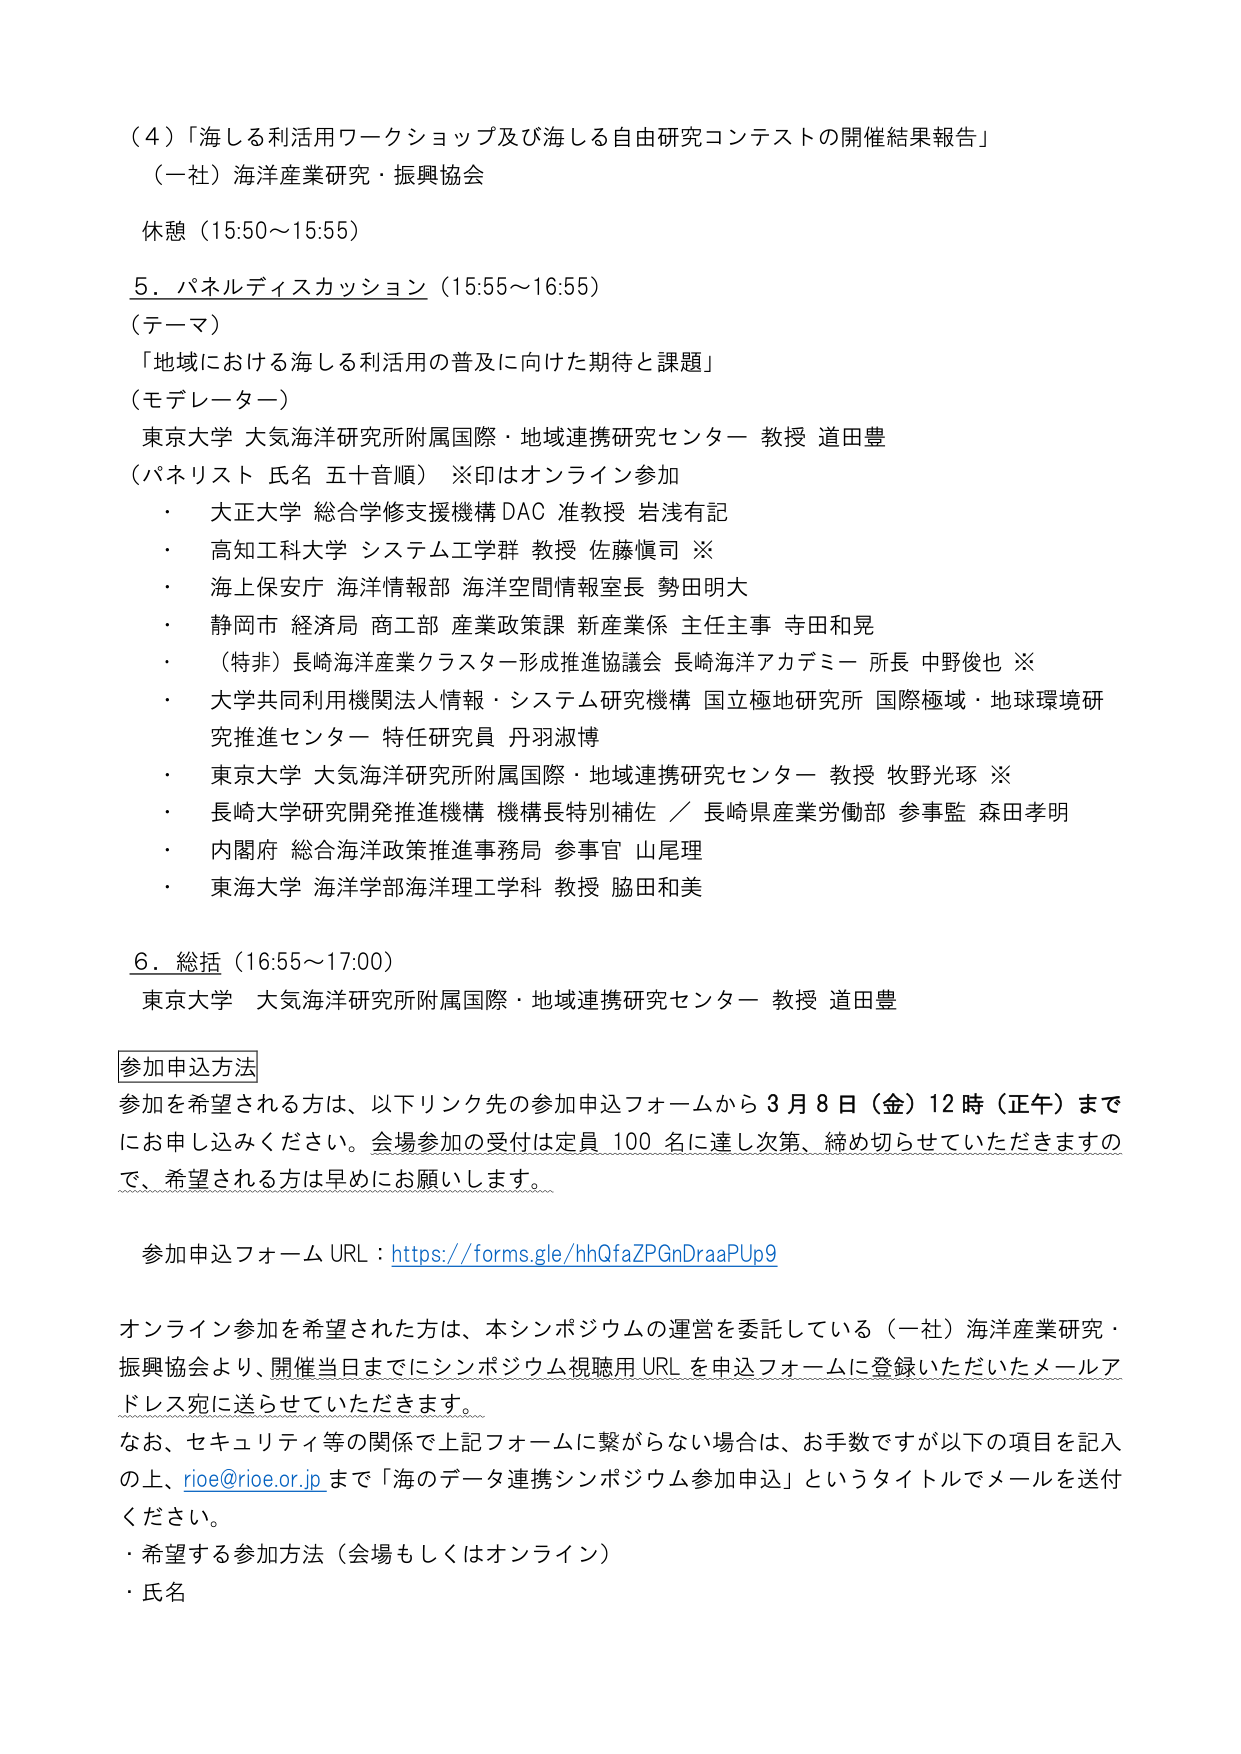
（４）「海しる利活用ワークショップ及び海しる自由研究コンテストの開催結果報告」
（一社）海洋産業研究・振興協会

休憩（15:50～15:55）

5．パネルディスカッション（15:55～16:55）
（テーマ）
「地域における海しる利活用の普及に向けた期待と課題」
（モデレーター）
東京大学 大気海洋研究所附属国際・地域連携研究センター 教授 道田豊
（パネリスト 氏名 五十音順） ※印はオンライン参加
・ 大正大学 総合学修支援機構 DAC 准教授 岩浅有記
・ 高知工科大学 システム工学群 教授 佐藤愼司 ※
・ 海上保安庁 海洋情報部 海洋空間情報室長 勢田明大
・ 静岡市 経済局 商工部 産業政策課 新産業係 主任主事 寺田和晃
・ （特非）長崎海洋産業クラスター形成推進協議会 長崎海洋アカデミー 所長 中野俊也 ※
・ 大学共同利用機関法人情報・システム研究機構 国立極地研究所 国際極域・地球環境研究推進センター 特任研究員 丹羽淑博
・ 東京大学 大気海洋研究所附属国際・地域連携研究センター 教授 牧野光琢 ※
・ 長崎大学研究開発推進機構 機構長特別補佐 ／ 長崎県産業労働部 参事監 森田孝明
・ 内閣府 総合海洋政策推進事務局 参事官 山尾理
・ 東海大学 海洋学部海洋理工学科 教授 脇田和美

6．総括（16:55～17:00）
東京大学 大気海洋研究所附属国際・地域連携研究センター 教授 道田豊

参加申込方法
参加を希望される方は、以下リンク先の参加申込フォームから3月8日（金）12時（正午）までにお申し込みください。会場参加の受付は定員100名に達し次第、締め切らせていただきますので、希望される方は早めにお願いします。

参加申込フォーム URL：https://forms.gle/hhQfaZPGnDraaPUp9

オンライン参加を希望された方は、本シンポジウムの運営を委託している（一社）海洋産業研究・振興協会より、開催当日までにシンポジウム視聴用URLを申込フォームに登録いただいたメールアドレス宛に送らせていただきます。
なお、セキュリティ等の関係で上記フォームに繋がらない場合は、お手数ですが以下の項目を記入の上、rioe@rioe.or.jpまで「海のデータ連携シンポジウム参加申込」というタイトルでメールを送付ください。
・希望する参加方法（会場もしくはオンライン）
・氏名